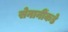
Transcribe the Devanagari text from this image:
सेनानींकडे